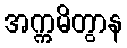
အက္ကမိတွာန